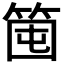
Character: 𥭒